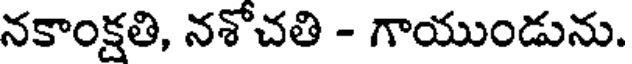
నకాంక్షతి, నశోచతి - గాయుండును.